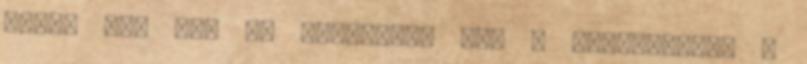
alatt is. Két fő ellensége van a horgásznak, a